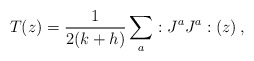
\begin{align*}T(z)=\frac{1}{2(k+h)}\sum_{a}:J^{a}J^{a}:(z)\,,\end{align*}